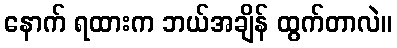
နောက် ရထားက ဘယ်အချိန် ထွက်တာလဲ။